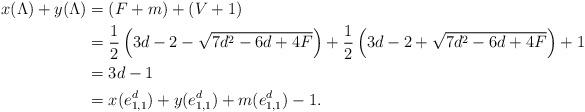
LaTeX: \begin{align*} x(\Lambda) + y(\Lambda) &= (F + m) + (V+1)\\ &= \frac{1}{2}\left(3d-2-\sqrt{7d^2-6d+4F}\right) + \frac{1}{2}\left(3d-2+\sqrt{7d^2-6d+4F}\right)+1\\ &= 3d - 1 \\ &= x(e_{1,1}^d) + y(e_{1,1}^d) + m(e_{1,1}^d) - 1. \end{align*}